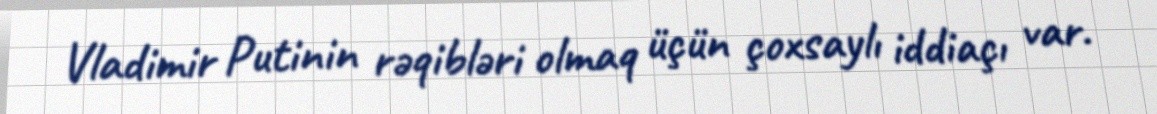
Vladimir Putinin rəqibləri olmaq üçün çoxsaylı iddiaçı var.